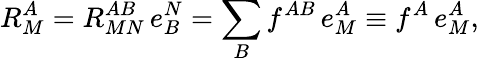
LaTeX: R_{M}^{A}=R_{MN}^{AB}\, e_{B}^{N}=\sum_{B}f^{AB}\, e_{M}^{A}\equiv f^{A}\, e_{M}^{A},